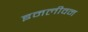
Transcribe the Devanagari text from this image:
इमलीवन